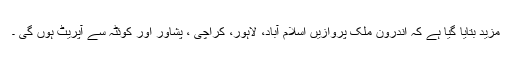
مزید بتایا گیا ہے کہ اندرون ملک پروازیں اسلام آباد، لاہور، کراچی ، پشاور اور کوئٹہ سے آپریٹ ہوں گی ۔